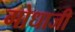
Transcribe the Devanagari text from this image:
गोधाजी